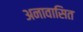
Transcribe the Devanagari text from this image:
अनावासित